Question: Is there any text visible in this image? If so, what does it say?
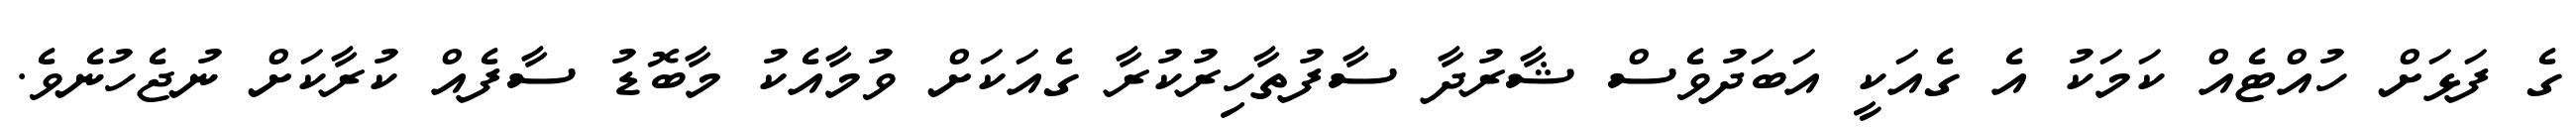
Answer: ގެ ފަޅަށް ހުއްޓެއް ކަމަކު އެ ގެއަކީ އަބަދުވެސް ޝާރުދާ ސާފުތާހިރުކުރާ ގެއަކަށް ވުމާއެކު މާބޮޑު ސާފެއް ކުރާކަށް ނުޖެހުނެވެ.